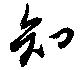
知